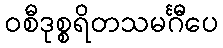
ဝစီဒုစ္စရိတသမင်္ဂီပေ